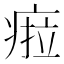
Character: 𤷟